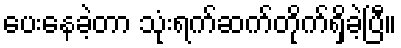
ပေးနေခဲ့တာ သုံးရက်ဆက်တိုက်ရှိခဲ့ပြီ။